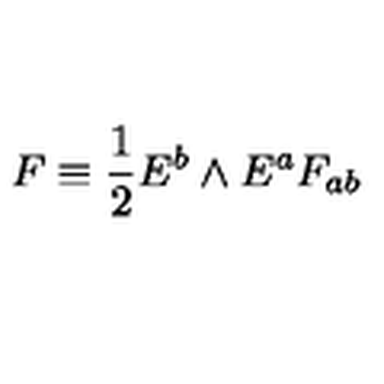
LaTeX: F \equiv { \frac { 1 } { 2 } } E ^ { b } \wedge E ^ { a } F _ { a b }